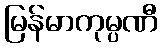
မြန်မာကုမ္ပဏီ